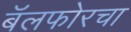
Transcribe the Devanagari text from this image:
बॅलफोरचा